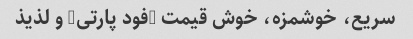
سریع، خوشمزه، خوش قیمت (فود پارتی) و لذیذ